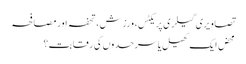
تصاویری گیلری پریکٹس، ورزش، تحفہ اور مصافحہ
محض ایک کھیل یا سرحدوں کی رقابت؟